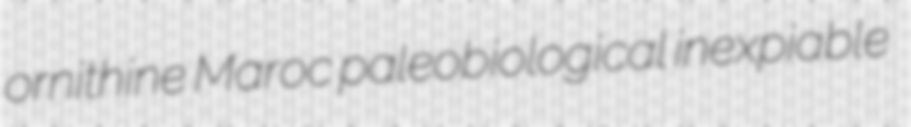
ornithine Maroc paleobiological inexpiable